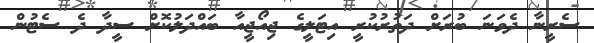
ސެރީނާ ދެވަނަ ބުރަށް ދަތުރުކުރީ އިޓަލީގެ ޖިއޯޖީއާ ބައްދަލުކޮށް ސީދާ ދެ ސެޓުން